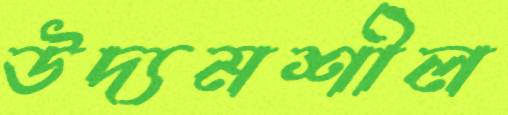
উদ্যমশীল